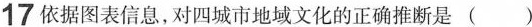
17 依据图表信息，对四城市地域文化的正确推断是()